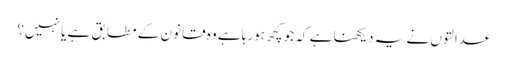
عدالتوں نے یہ دیکھنا ہے کہ جو کچھ ہورہا ہے وہ قانون کے مطابق ہے یا نہیں؟